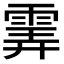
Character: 𩂽